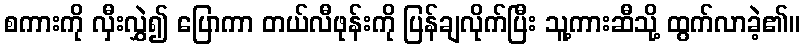
စကားကို လှီးလွှဲ၍ ပြောကာ တယ်လီဖုန်းကို ပြန်ချလိုက်ပြီး သူ့ကားဆီသို့ ထွက်လာခဲ့၏။